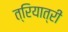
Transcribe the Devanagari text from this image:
त्रियात्री